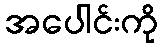
အပေါင်းကို